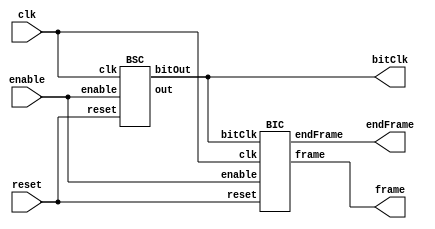

module combined(frame, endFrame, bitClk, clk, reset, enable);
	output endFrame, bitClk;
	output [3:0] frame;
	input clk, reset, enable;
	
	BSC sample (.out(), .bitOut(bitClk), .clk(clk), .reset(reset), .enable(enable));
	BIC identify (.frame(frame), .endFrame(endFrame), .bitClk(bitClk), .clk(clk), .reset(reset), .enable(enable));
	

endmodule

module BIC(frame, endFrame, bitClk, clk, reset, enable);
	output reg [3:0] frame;
	output endFrame;
	input bitClk, clk, reset, enable;
	
	initial frame = 0;
	assign endFrame = (frame == 10); // for a frame width of 10
	always@(posedge clk) begin
		if(reset) frame <= 0;
		if(bitClk) frame <= frame + 1'b1;
	end
	

endmodule


module BSC(out, bitOut, clk, reset, enable);

	output reg [3:0] out;
	output bitOut;
	input clk, reset, enable;
	
	initial out = 0;
	assign bitOut = (out == 4'b0111);
	always@(posedge clk) begin
		if(reset) out <= 0;
		else begin
			if(enable) 
				out <= out+1'b1;
			else
				out <= 0;
		end
	end
	
endmodule